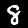
Label: 8